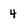
Character: 4